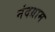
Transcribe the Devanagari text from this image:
नंदग्राम